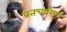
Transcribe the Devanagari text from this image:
व्रतचारिणः